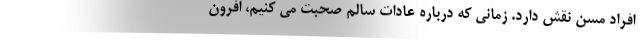
افراد مسن نقش دارد. زمانی که درباره عادات سالم صحبت می کنیم، افرون